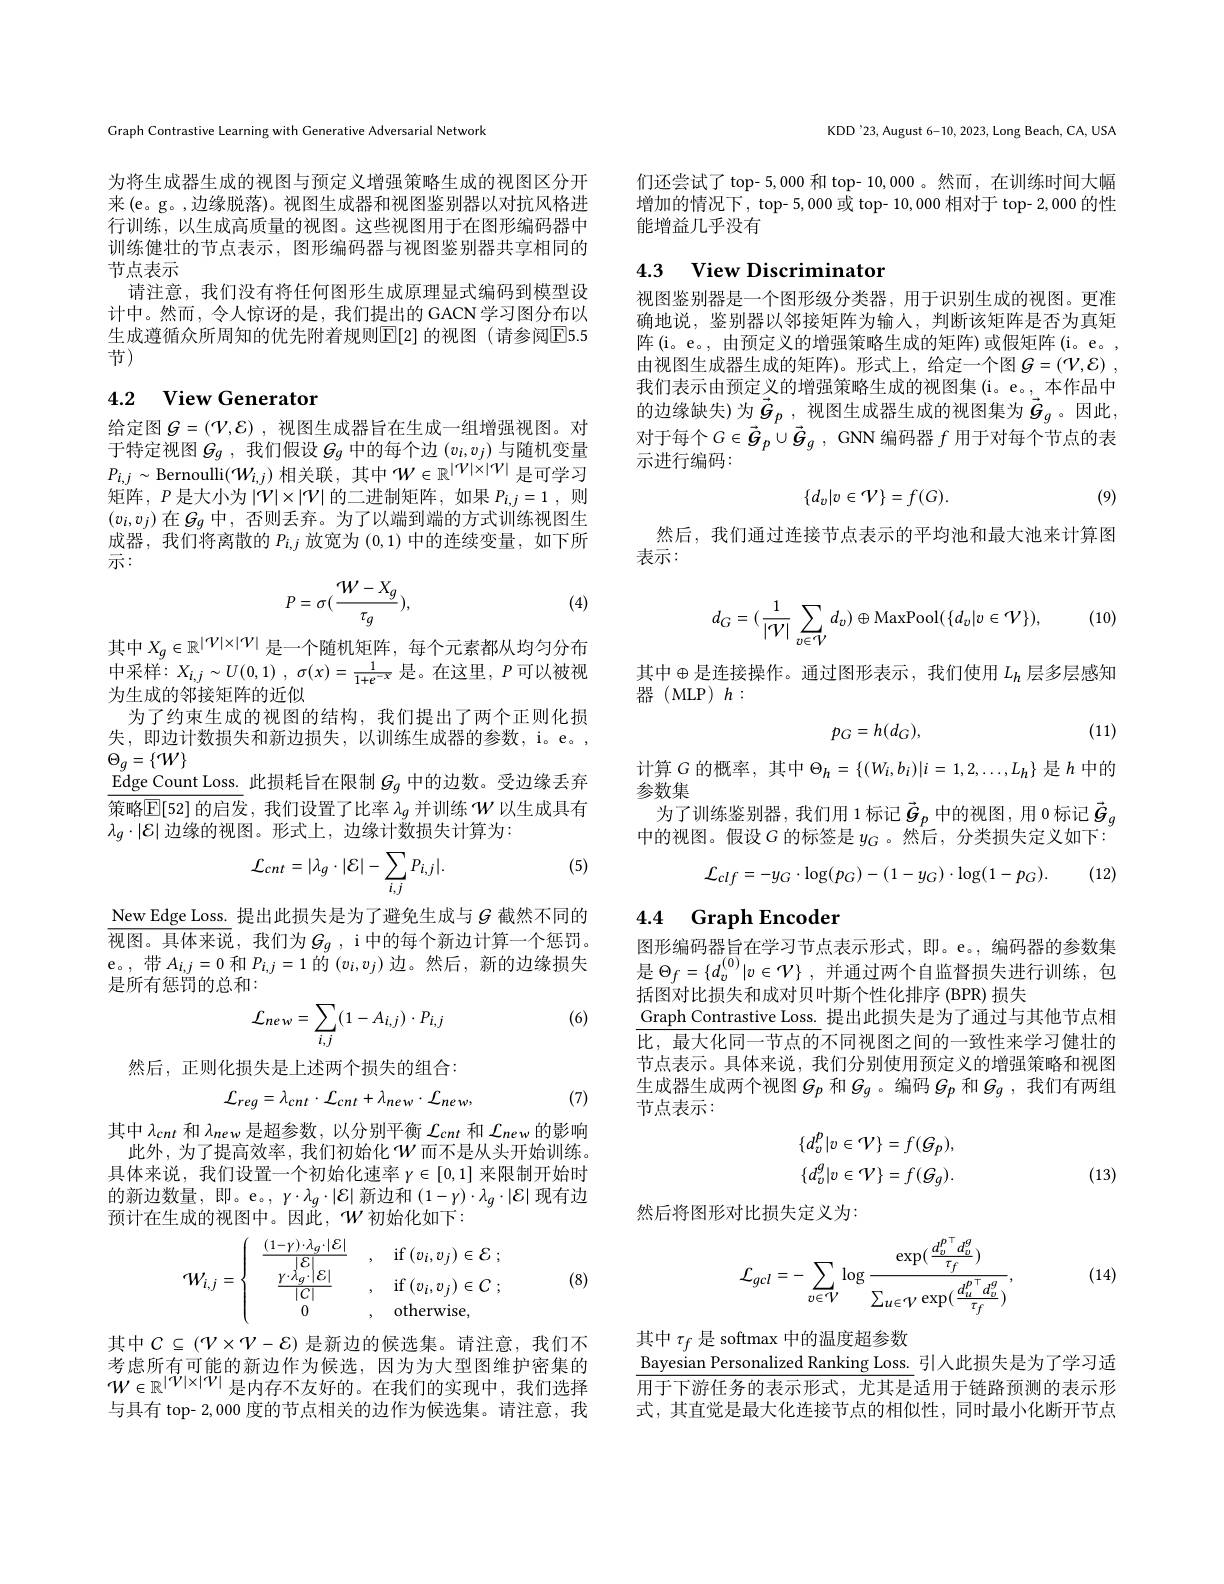
Graph Contrastive Learning with Generative Adversarial Network

为将生成器生成的视图与预定义增强策略生成的视图区分开来(e。g。,边缘脱落)。视图生成器和视图鉴别器以对抗风格进行训练，以生成高质量的视图。这些视图用于在图形编码器中训练健壮的节点表示，图形编码器与视图鉴别器共享相同的节点表示
请注意，我们没有将任何图形生成原理显式编码到模型设计中。然而，令人惊讶的是，我们提出的 GACN 学习图分布以生成遵循众所周知的优先附着规则$\mathbb{E}[2]$ 的视图(请参阅$\mathbb{E}5.5$ 节)

## 4.2 View Generator

给定图$G=(\mathcal{V},\mathcal{E})$,视图生成器旨在生成一组增强视图。对于特定视图$G_g$ ,我们假设$G_g$中的每个边$(v_i,v_j)$与随机变量$P_{i,j}\sim$Bernoulli$(\mathcal{W}_i,j)$相关联，其中$\mathcal{W}\in\mathbb{R}^|\mathcal{V}|\times|\mathcal{V}|$是可学习矩阵，$P$是大小为$|\mathcal{V}|\times|\mathcal{V}|$的二进制矩阵，如果$P_i,j=1$,则$(v_i,v_j)$在$G_g$中，否则丢弃。为了以端到端的方式训练视图生成器，我们将离散的$P_i,j$放宽为(0,1)中的连续变量，如下所示：
$$P=\sigma(\frac{W-X_{g}}{\tau_{g}}),$$
(4)

其中$X_g\in\mathbb{R}^{|\mathcal{V}|\times|\mathcal{V}|}$是一个随机矩阵，每个元素都从均匀分布$\begin{array}{l}{\text{中采样：}X_{i,j}\sim U(0,1)~,~\sigma(x)=\frac{1}{1+e^{-x}}~是。在这里~,~P~可以被视}\\{\text{为生成的邻接矩阵的近似}}\end{array}$ 为了约束生成的视图的结构，我们提出了两个正则化损
失，即边计数损失和新边损失，以训练生成器的参数，i。e。,
$\Theta_{g}=\{\mathcal{W}\}$
$\underline{\mathrm{Edge~Count~Loss.~}}$此损耗旨在限制 $G_g$ 中的边数。受边缘丢弃策略$\mathbb{E}[$52]的启发，我们设置了比率$\lambda_g$并训练$\mathcal{W}$以生成具有$\lambda_g\cdot|\mathcal{E}|$边缘的视图。形式上，边缘计数损失计算为：

(5)
$$\mathcal{L}_{cnt}=|\lambda_{g}\cdot|\mathcal{E}|-\sum_{i,j}P_{i,j}|.$$
$\underline{\text{New Edge Loss. }}$ 提出此损失是为了避免生成与$G$ 截然不同的$\overline{\text{视图。具体来说}}$,我们为$G_g$,i中的每个新边计算一个惩罚。$\begin{array}{l}{\mathrm{e。,~带~}A_{i,j}=0\text{ 和 }P_{i,j}=1\text{ 的 }(v_{i},v_{j})\text{ 边。然后，新的边缘损失}}\\\end{array}$ 是所有惩罚的总和：

(6)
$$\mathcal{L}_{new}=\sum_{i,j}(1-A_{i,j})\cdot P_{i,j}$$
然后，正则化损失是上述两个损失的组合：

(7)
$$\mathcal{L}_{reg}=\lambda_{cnt}\cdot\mathcal{L}_{cnt}+\lambda_{new}\cdot\mathcal{L}_{new},$$
其中$\lambda_cnt$和$\lambda_{new}$是超参数，以分别平衡$\mathcal L_cnt$和$\mathcal L_new$的影响此外，为了提高效率，我们初始化$\mathcal{W}$而不是从头开始训练。具体来说，我们设置一个初始化速率$\gamma\in[0,1]$来限制开始时的新边数量，即。e。, $\gamma\cdot\lambda_g\cdot\left|\mathcal{E}\right|$新边和$\left(1-\gamma\right)\cdot\lambda_g\cdot\left|\mathcal{E}\right|$现有边预计在生成的视图中。因此，$\mathcal{W}$初始化如下：
$$\left.\begin{array}{ccc}{{\mathcal W}_{i,j}=\left\{\begin{array}{ccc}{{\frac{(1-\gamma)\cdot\lambda_{g}\cdot|\mathcal{E}|}{|\mathcal{E}|}}}&{{,\quad\mathrm{if}\:(v_{i},v_{j})\in\mathcal{E}\:;}}\\{{\frac{\gamma\cdot\lambda_{g}\cdot|\mathcal{E}|}{|C|}}}&{{,\quad\mathrm{if}\:(v_{i},v_{j})\in C\:;}}\\{0}&{{,\quad\mathrm{otherwise},}}\end{array}\right.}\end{array}\right.$$
(8)

其中$C\subseteq(\mathcal{V}\times\mathcal{V}-\mathcal{E})$ 是新边的候选集。请注意，我们不考虑所有可能的新边作为候选，因为为大型图维护密集的$W\in\mathbb{R}^{|\mathcal{V}|\times|\mathcal{V}|}$是内存不友好的。在我们的实现中，我们选择与具有 top- 2,000 度的节点相关的边作为候选集。请注意，我

KDD'23, August 6-10, 2023, Long Beach, CA, USA

们还尝试了 top-5,000 和 top- 10,000 。然而，在训练时间大幅增加的情况下，top-5,000 或 top- 10,000 相对于 top- 2,000 的性能增益几乎没有

## 4.3 View Discriminator

视图鉴别器是一个图形级分类器，用于识别生成的视图。更准确地说，鉴别器以邻接矩阵为输人，判断该矩阵是否为真矩阵(i。e。, 由预定义的增强策略生成的矩阵) 或假矩阵(i。e。, 由视图生成器生成的矩阵)。形式上，给定一个图$G= ( \mathcal{V} , \mathcal{E} )$ , 我们表示由预定义的增强策略生成的视图集(i。e。,本作品中的边缘缺失)为$\vec{g} _p$ ,视图生成器生成的视图集为$\vec{g}_g$。因此， 对于每个$G\in\vec{\boldsymbol{G}}_p\cup\vec{\boldsymbol{G}}_g$, GNN 编码器 $f$ 用于对每个节点的表示进行编码：

(9)
$$\{d_v|v\in\mathcal{V}\}=f(G).$$
然后，我们通过连接节点表示的平均池和最大池来计算图
表示：

(10)
$$d_{G}=(\frac{1}{|\mathcal{V}|}\sum_{v\in\mathcal{V}}d_{v})\oplus\mathrm{MaxPool}(\{d_{v}|v\in\mathcal{V}\}),$$
其中$\oplus$是连接操作。通过图形表示，我们使用 $L_{h}$ 层多层感知
器(MLP)$h:$

(11)
$$p_{G}=h(d_{G}),$$
$$\Theta_{h}=\{(W_{i},b_{i})|i=1,2,\ldots,L_{h}\}$$
参数集
为了训练鉴别器，我们用 1标记$\vec{g}_p$中的视图，用 0 标记$\vec{g}_g$ 中的视图。假设$G$的标签是$y_G$ 。然后，分类损失定义如下：
$$\mathcal{L}_{clf}=-y_{G}\cdot\log(p_{G})-(1-y_{G})\cdot\log(1-p_{G}).$$
(12)

### 4.4 Graph Encoder

图形编码器旨在学习节点表示形式，即。e。,编码器的参数集是$\Theta _f= \{ d_v^{( 0) }| v\in \mathcal{V} \}$ ,并通过两个自监督损失进行训练，包括图对比损失和成对贝叶斯个性化排序 (BPR) 损失
Graph Contrastive Loss. 提出此损失是为了通过与其他节点相比，最大化同一节点的不同视图之间的一致性来学习健壮的节点表示。具体来说，我们分别使用预定义的增强策略和视图生成器生成两个视图$G_p$ 和$G_g$ 。编码$G_p$ 和$G_g$ ,我们有两组节点表示：
$$\{d_{v}^{p}|v\in\mathcal{V}\}=f(\mathcal{G}_{p}),\\\{d_{v}^{g}|v\in\mathcal{V}\}=f(\mathcal{G}_{g}).$$
(13)

然后将图形对比损失定义为
$$\mathcal{L}_{gcl}=-\sum_{v\in\mathcal{V}}\log\frac{\exp(\frac{d_v^{p\top}d_v^g}{\tau_f})}{\sum_{u\in\mathcal{V}}\exp(\frac{d_u^{p\top}d_v^g}{\tau_f})},$$
(14)

其中$\tau_f$是 softmax 中的温度超参数
Bayesian Personalized Ranking Loss. 引人此损失是为了学习适$\overline{\overline{\text{用于下游任务的表示形式，尤其是}}}$适用于链路预测的表示形

式，其直觉是最大化连接节点的相似性，同时最小化断开节点